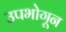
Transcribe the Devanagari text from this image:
उपभोगून